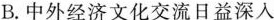
B.中外经济文化交流日益深入